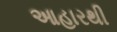
આહારથી